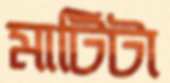
মাটিটা